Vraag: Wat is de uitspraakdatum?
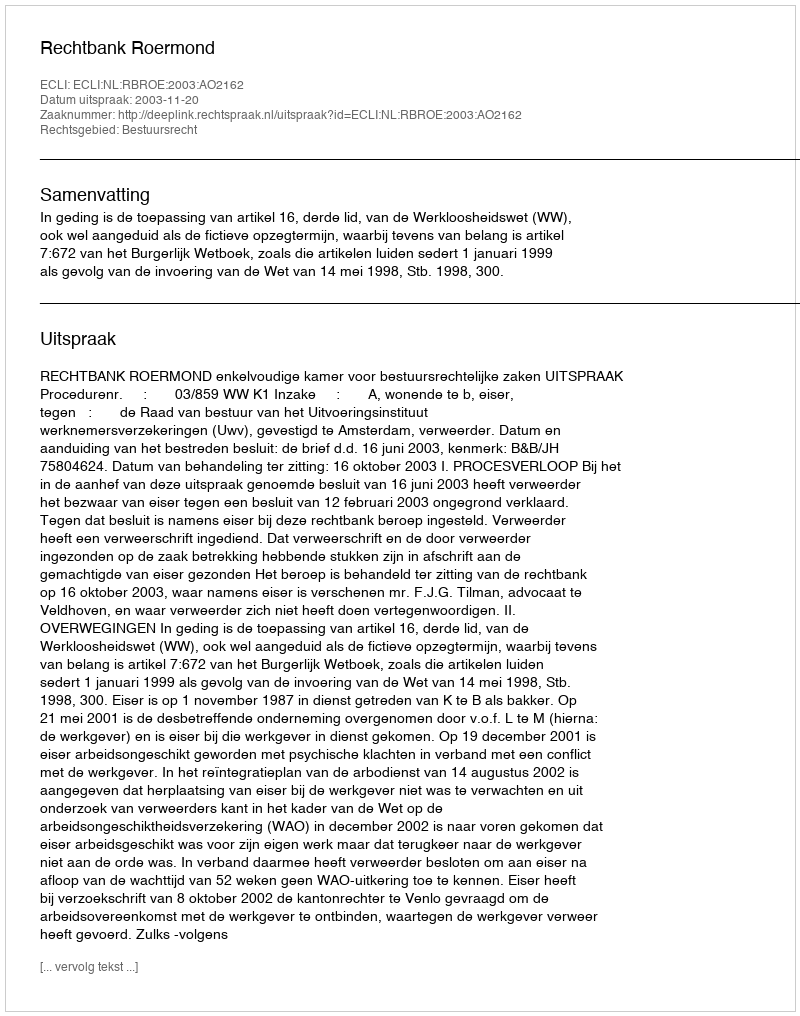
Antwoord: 2003-11-20